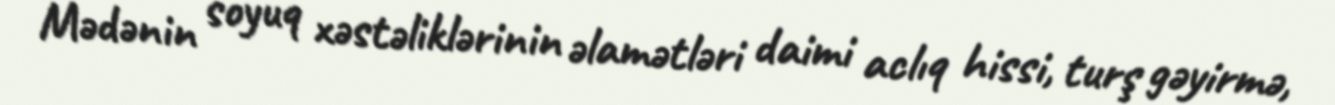
Mədənin soyuq xəstəliklərinin əlamətləri daimi aclıq hissi, turş gəyirmə,